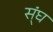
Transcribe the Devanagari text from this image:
स्ंघ